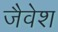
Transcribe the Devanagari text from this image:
जैवेश